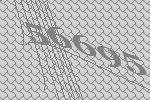
56695